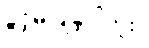
ခွင့်မပြုခဲ့ပါဘူး။